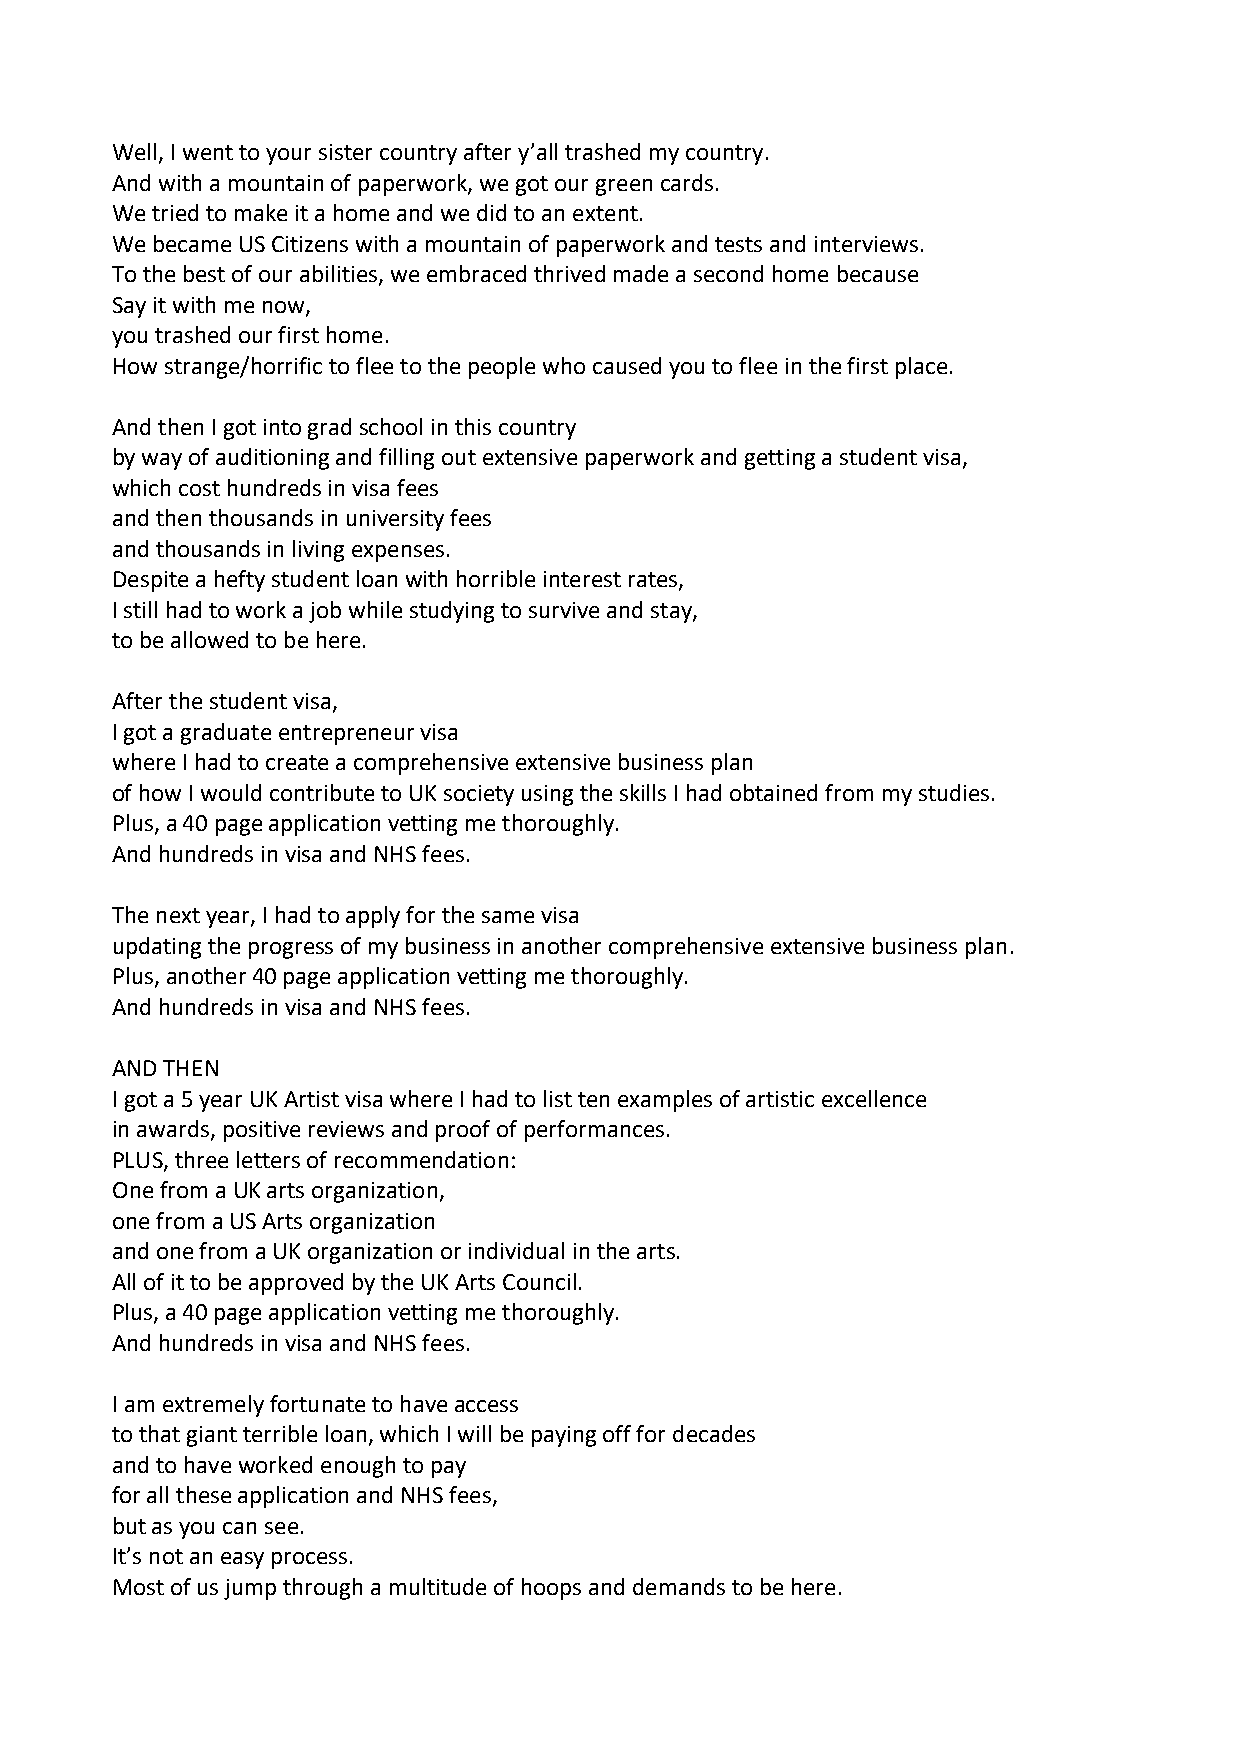
Well, I went to your sister country after y’all trashed my country.
 And with a mountain of paperwork, we got our green cards.
 We tried to make it a home and we did to an extent.
 We became US Citizens with a mountain of paperwork and tests and interviews.
 To the best of our abilities, we embraced thrived made a second home because
 Say it with me now,
 you trashed our first home.
 How strange/horrific to flee to the people who caused you to flee in the first place.
 And then I got into grad school in this country
 by way of auditioning and filling out extensive paperwork and getting a student visa,
 which cost hundreds in visa fees
 and then thousands in university fees
 and thousands in living expenses.
 Despite a hefty student loan with horrible interest rates,
 I still had to work a job while studying to survive and stay,
 to be allowed to be here.
 After the student visa,
 I got a graduate entrepreneur visa
 where I had to create a comprehensive extensive business plan
 of how I would contribute to UK society using the skills I had obtained from my studies.
 Plus, a 40 page application vetting me thoroughly.
 And hundreds in visa and NHS fees.
 The next year, I had to apply for the same visa
 updating the progress of my business in another comprehensive extensive business plan.
 Plus, another 40 page application vetting me thoroughly.
 And hundreds in visa and NHS fees.
 AND THEN
 I got a 5 year UK Artist visa where I had to list ten examples of artistic excellence
 in awards, positive reviews and proof of performances.
 PLUS, three letters of recommendation:
 One from a UK arts organization,
 one from a US Arts organization
 and one from a UK organization or individual in the arts.
 All of it to be approved by the UK Arts Council.
 Plus, a 40 page application vetting me thoroughly.
 And hundreds in visa and NHS fees.
 I am extremely fortunate to have access
 to that giant terrible loan, which I will be paying off for decades
 and to have worked enough to pay
 for all these application and NHS fees,
 but as you can see.
 It’s not an easy process.
 Most of us jump through a multitude of hoops and demands to be here.